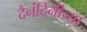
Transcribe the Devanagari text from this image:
दैनंदिनीच्या